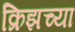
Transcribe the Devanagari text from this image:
क्रिझच्या